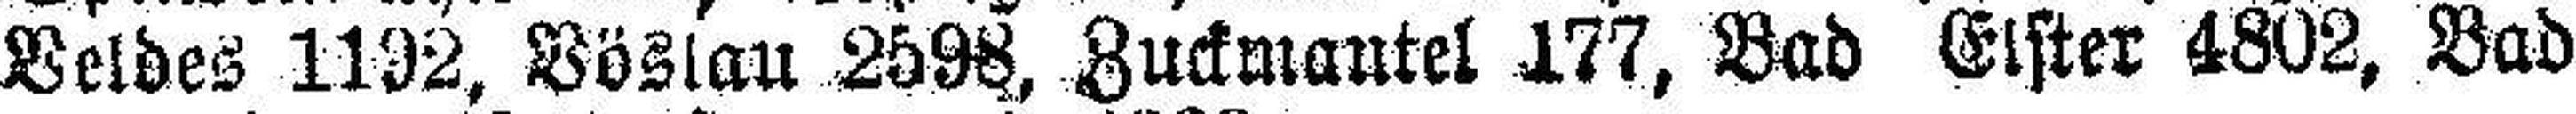
Veldes 1192, Vöslau 2598, Zuckmantel 177, Bad Elster 4802, Bad